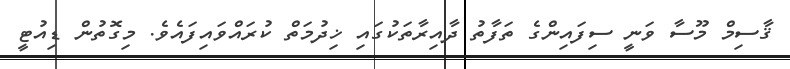
ޤާސިމް މޫސާ ވަނީ ސިފައިންގެ ތަފާތު ދާއިރާތަކުގައި ޚިދުމަތް ކުރައްވައިފައެވެ. މިގޮތުން ޑިއުޓީ